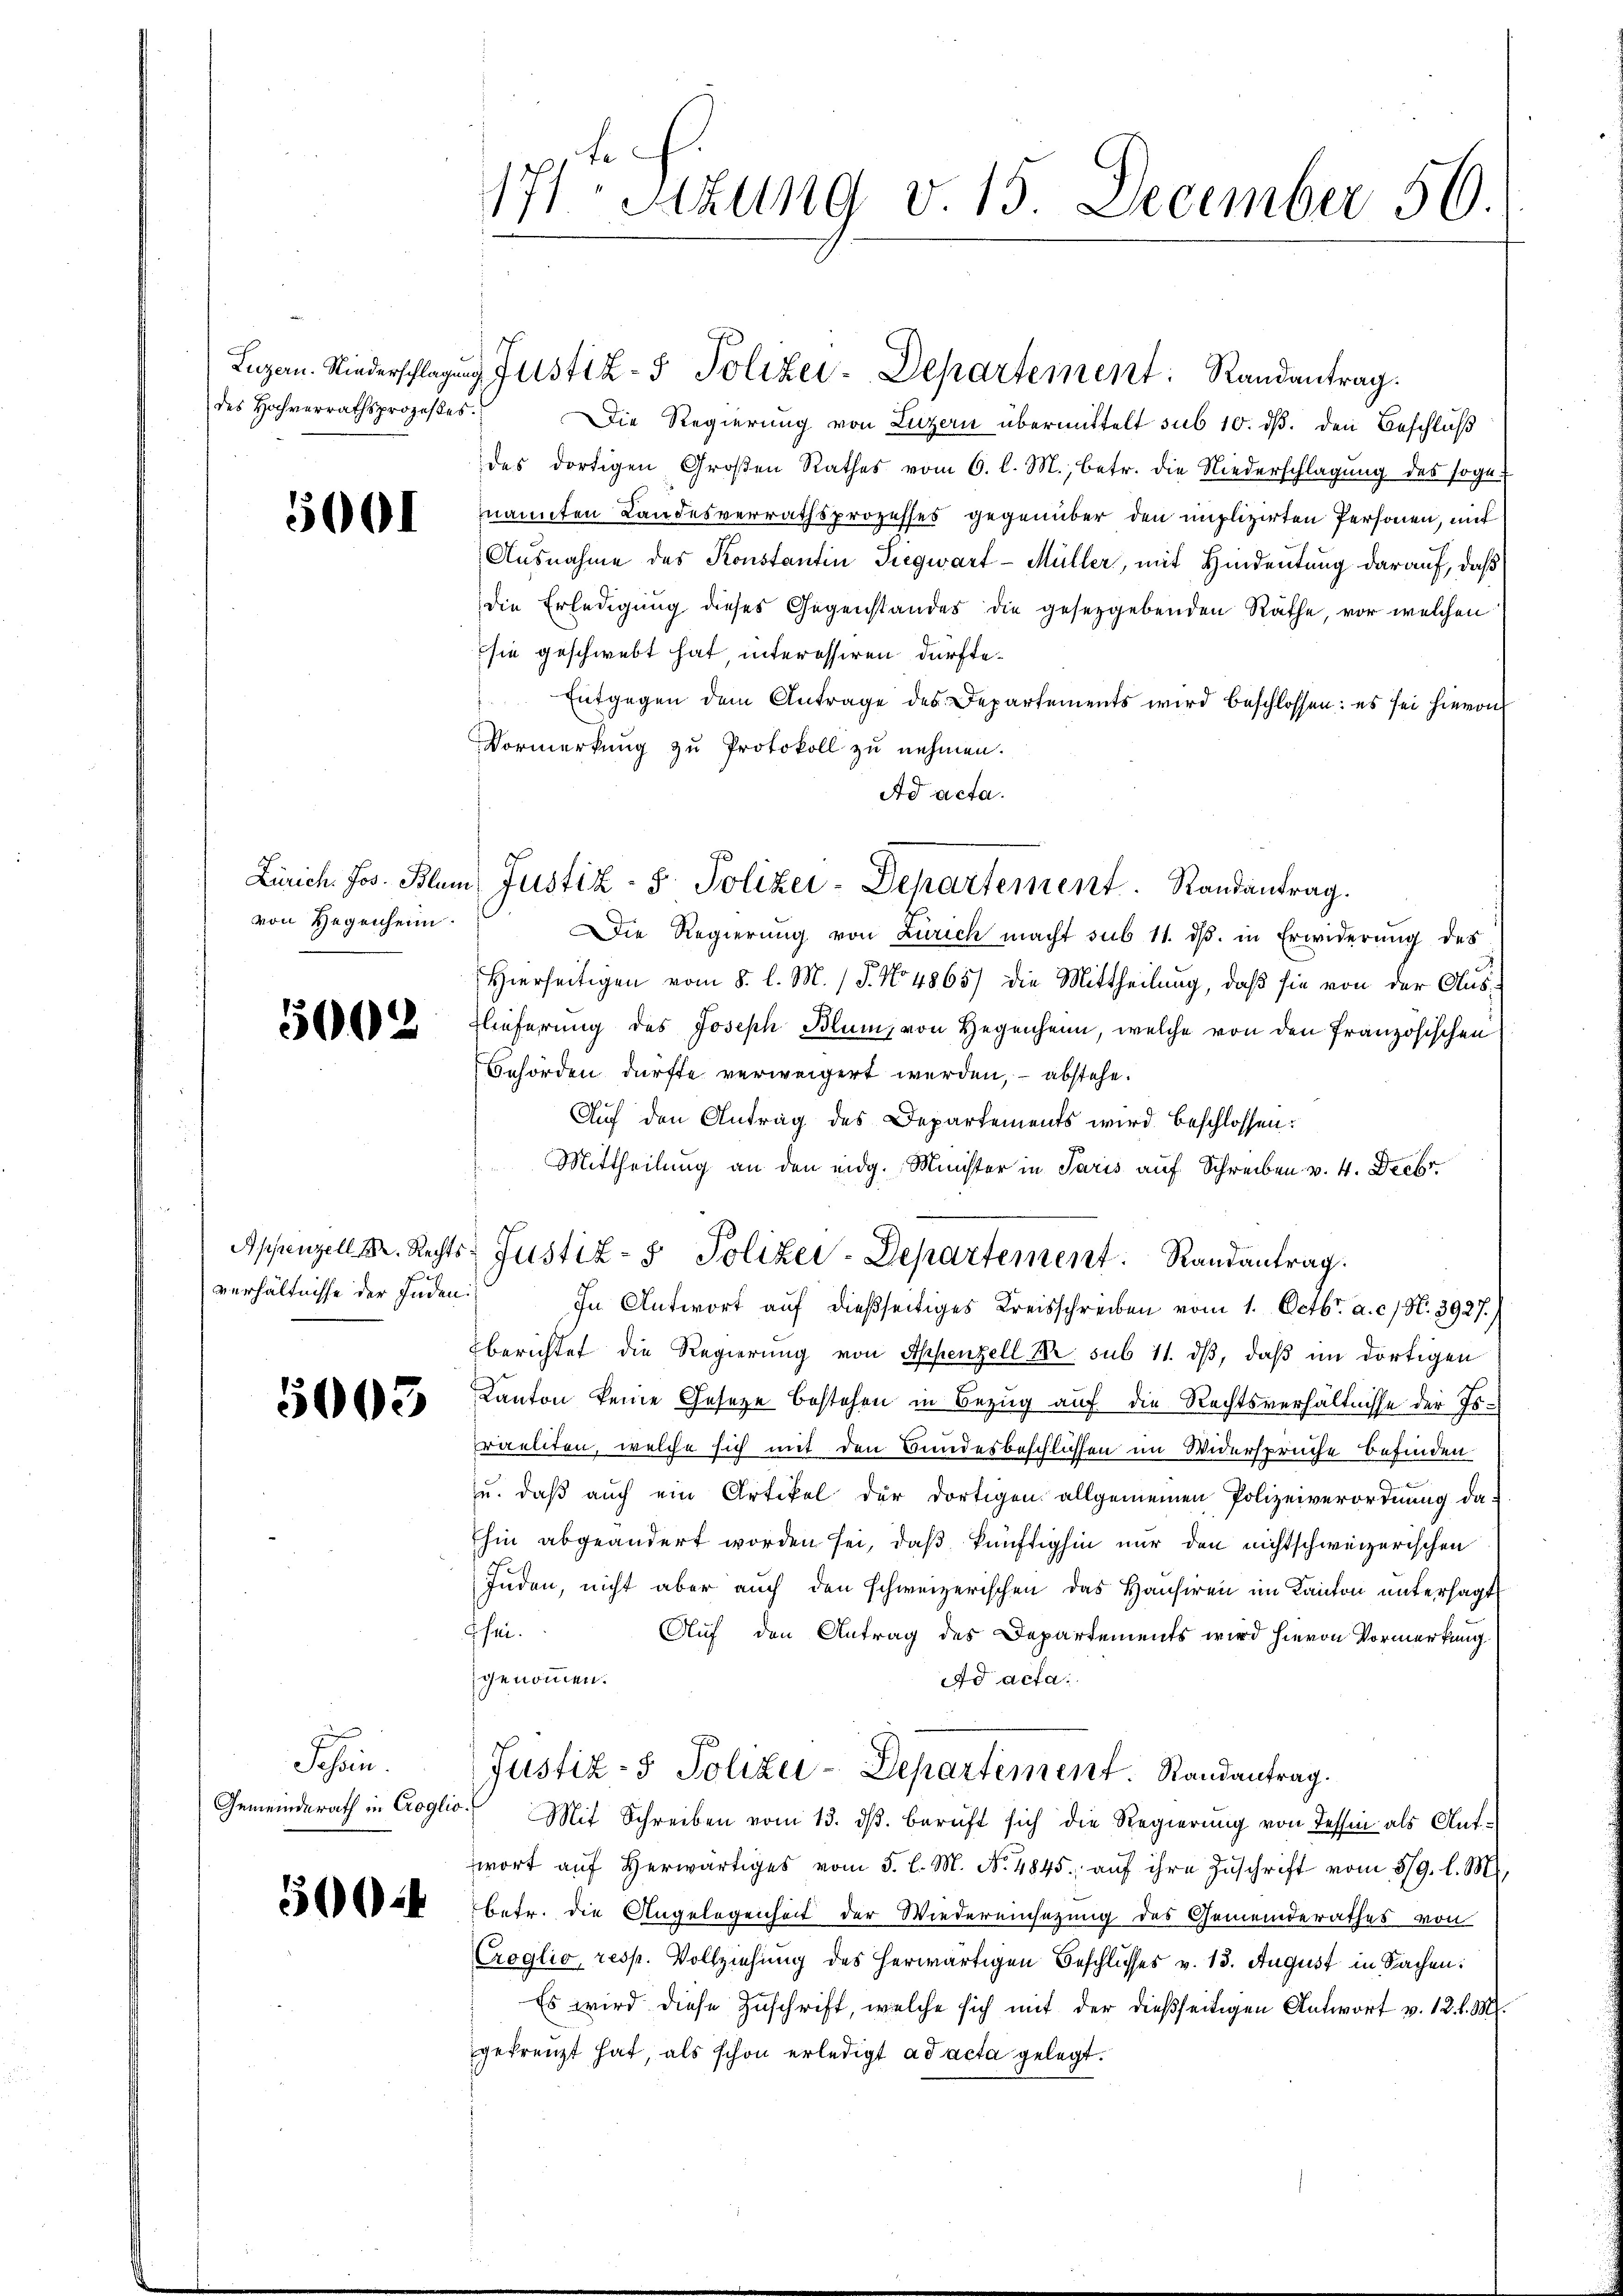
des Hochverrathsprozesses.

5001

von Gegenheim.

5602

verhältnisse der Inden.

5003

Schein.
Gemeinderath in Croglio

5

171ten Sizung v. 15. December 50.

Die Regierung von Luzern übermittelt sub 10. dß. den Beschluß
des dortigen Großen Rathes vom 6. l. M., betr. die Niederschlagung des sogenannten Landesverrathsprozesses gegenüber den implizirten Personen, mit
Ausnahme des Konstantin Siegwart-Müller, mit Hindeutung darauf, daß
die Erledigung dieses Gegenstandes die gesetzgebenden Räthe, vor welchen
sie geschwebt hat interessiren dürfte.
Entgegen dem Antrage des Departements wird beschlossen: es sei hievon
Vormerkung zu Protokoll zu nehmen.
Ad acta.
Die Regierung von Zürich macht sub 11. ds. in Erwiderung des
Hierseitigen vom 8. l. M. / 5. No 4865) die Mittheilung, daß sie von der Aus-
Flieferung des Joseph Blum, von Gegenheim, welche von den Französischen
Behörden dürfte verweigert werden, – abstehe.
Auf den Antrag des Departements wird beschlossen:
Mittheilung an den eidg. Meister in Paris auf Schreiben v. 4. Decbr.
Appenzell M. Rechts Justiz- & Polizei-Departement Randantrag.
In Antwort auf dießseitiges Kreisschreiben vom 1. Octbr. a. c. N. 3927.)
berichtet die Regierung von Appenzell Kr. sub 11. dβ, daß im dortigen
Kanton keine Gesetze bestehen in Bezug auf die Rechtsverhältnisse der Israeliten, welche sich mit den Bundesbeschlissen im Widersprüche befinden
zu, daß auch ein Artikel der dortigen allgemeinen Polizeiverordnung dahin abgeändert worden sei, daß künftighin nur den nichtschweizerischen
Inden, nicht aber auch den schweizerischen das Hausiren im Kanton untersagt
hei.
Auf den Antrag des Departements wird hievon Vormerkung
genommen.
Ad acta.
Justiz- & Polizei-Departement. Randantrag.
Mit Schreiben vom 13. ds. beruft sich die Regierung von Tessin als Aufwort aŭf herwärtiges vom 5. l. M. No 4845. aŭf ihre Zuschrift vom 3/9. l. M.
betr. die Angelegenheit der Wiedereinsatzung des Gemeinderathes von
Croglio, resp. Vollziehung des herwärtigen Beschlusses v. 13. August in Sachen:
Es wird diese Zuschrift, welche sich mit der dießseitigen Antwort v. 12. l. M.
gefrenzt hat als schon erledigt ad acta gelegt.

Luzern. Niederschlagung Justiz- & Polizei-Departement: Randantrag.

Zürich Jos. Blum Justiz - 5. Polizei-Departement. Randantrag.